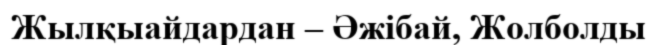
Жылқыайдардан – Әжібай, Жолболды